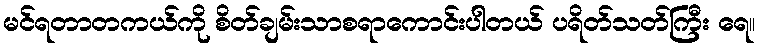
မင်ရတာတကယ်ကို စိတ်ချမ်းသာစရာကောင်းပါတယ် ပရိတ်သတ်ကြီး ရေ။